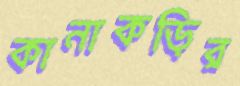
কানাকড়ির